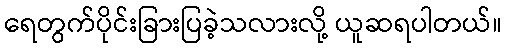
ရေတွက်ပိုင်းခြားပြခဲ့သလားလို့ ယူဆရပါတယ်။